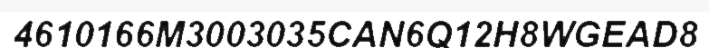
4610166M3003035CAN6Q12H8WGEAD8